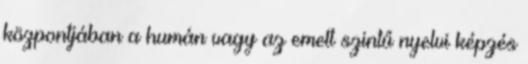
központjában a humán vagy az emelt szintű nyelvi képzés